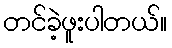
တင်ခဲ့ဖူးပါတယ်။